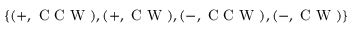
\{ ( + , \mathrm { ~ C ~ C ~ W ~ } ) , ( + , \mathrm { ~ C ~ W ~ } ) , ( - , \mathrm { ~ C ~ C ~ W ~ } ) , ( - , \mathrm { ~ C ~ W ~ } ) \}